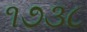
૧૭૩૮